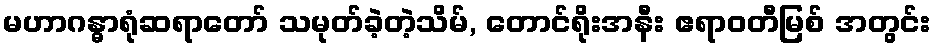
မဟာဂန္ဓာရုံဆရာတော် သမုတ်ခဲ့တဲ့သိမ်, တောင်ရိုးအနီး ဧရာဝတီမြစ် အတွင်း